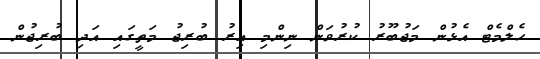
ހެލްމެޓް އެޅުން މަޖުބޫރު ކުރުވަން ނިންމި އިރު ބުރިޖު މަތީގައި އަދި ބުރިޖުން